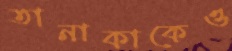
তানাকাকেও